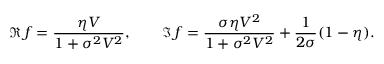
\Re \, f = { \frac { \eta V } { 1 + \sigma ^ { 2 } V ^ { 2 } } } , \qquad \Im \, f = { \frac { \sigma \eta V ^ { 2 } } { 1 + \sigma ^ { 2 } V ^ { 2 } } } + { \frac { 1 } { 2 \sigma } } ( 1 - \eta ) .